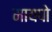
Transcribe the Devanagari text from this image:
मायपो